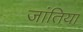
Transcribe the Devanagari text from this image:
जांतिया